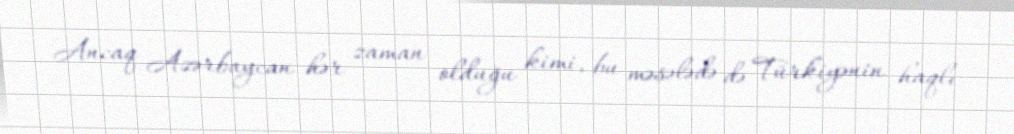
Ancaq Azərbaycan hər zaman olduğu kimi, bu məsələdə də Türkiyənin haqlı